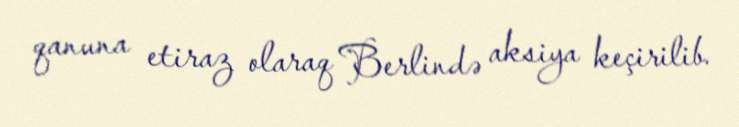
qanuna etiraz olaraq Berlində aksiya keçirilib.